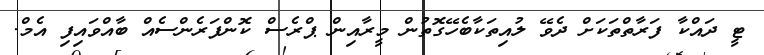
ޓީ ދައްކާ ފަރާތްތަކަށް ދެވޭ ލުއިތަކާބެހޭގޮތުން މީރާއިން ޕްރެސް ކޮންފަރެންސެއް ބާއްވައިފި އެމް.